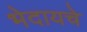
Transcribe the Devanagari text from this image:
भेदायचे